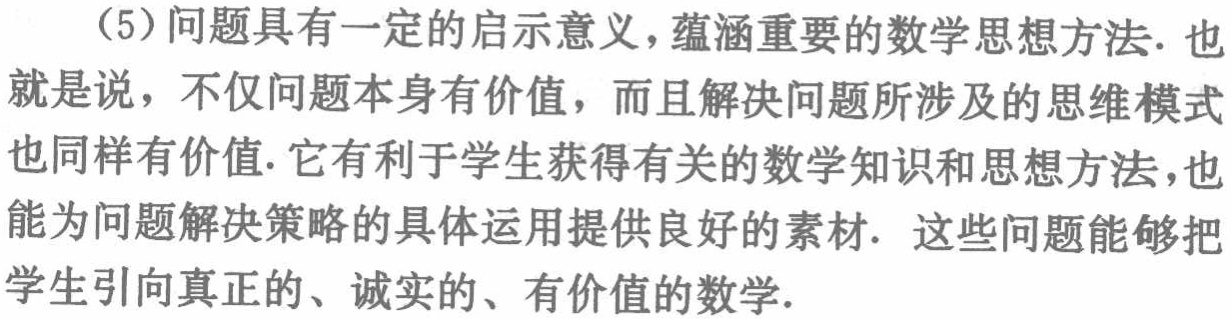
（5）问题具有一定的启示意义，蕴涵重要的数学思想方法. 也就是说，不仅问题本身有价值，而且解决问题所涉及的思维模式也同样有价值. 它有利于学生获得有关的数学知识和思想方法，也能为问题解决策略的具体运用提供良好的素材. 这些问题能够把学生引向真正的、诚实的、有价值的数学.